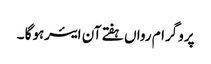
پروگرام رواں ہفتے آن ایئرہوگا ۔